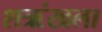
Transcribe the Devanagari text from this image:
शऋंखला